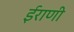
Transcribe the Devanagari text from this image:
ईराणी